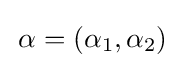
\,\alpha =(\alpha _{1},\alpha _{2})